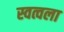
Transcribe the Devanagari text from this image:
स्वत्वला